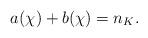
LaTeX: \begin{align*}a(\chi) + b(\chi) = n_K. \end{align*}